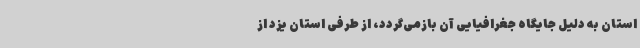
استان به دلیل جایگاه جغرافیایی آن بازمی‌گردد، از طرفی استان یزد از